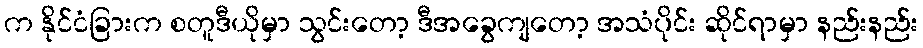
က နိုင်ငံခြားက စတူဒီယိုမှာ သွင်းတော့ ဒီအခွေကျတော့ အသံပိုင်း ဆိုင်ရာမှာ နည်းနည်း